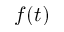
f ( t )